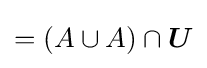
=(A\cup A)\cap {\boldsymbol {U}}